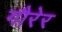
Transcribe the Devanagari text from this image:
गौरेर